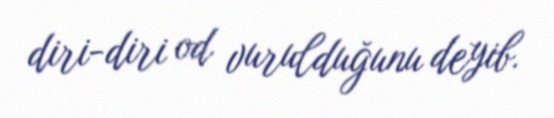
diri-diri od vurulduğunu deyib.